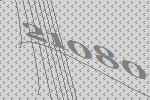
21080